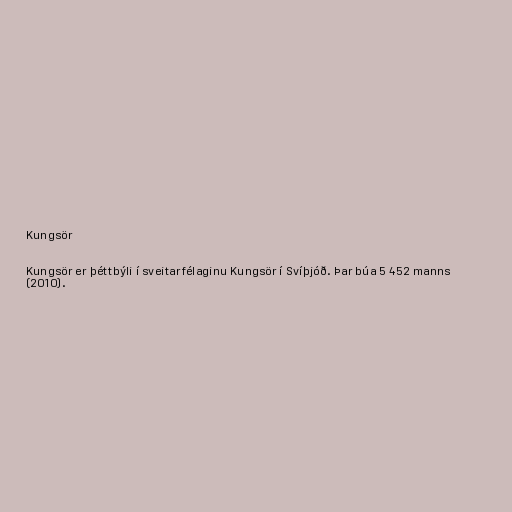
Kungsör

Kungsör er þéttbýli í sveitarfélaginu Kungsör í Svíþjóð. Þar búa 5 452 manns
(2010).